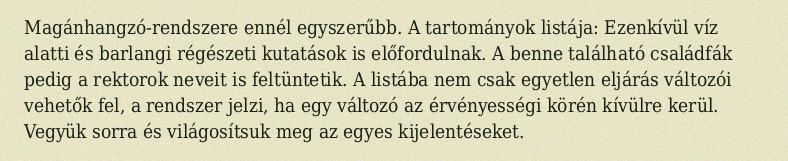
Magánhangzó-rendszere ennél egyszerűbb. A tartományok listája: Ezenkívül víz alatti és barlangi régészeti kutatások is előfordulnak. A benne található családfák pedig a rektorok neveit is feltüntetik. A listába nem csak egyetlen eljárás változói vehetők fel, a rendszer jelzi, ha egy változó az érvényességi körén kívülre kerül. Vegyük sorra és világosítsuk meg az egyes kijelentéseket.